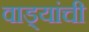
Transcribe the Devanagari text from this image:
वाड्यांची